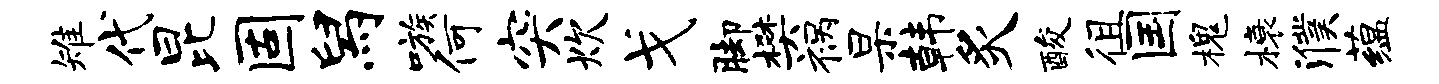
雉代昆固舄嗾何突炊戈脚樊祸杲韩炙酸徂国槐榱濮蕴